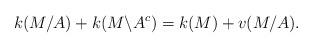
LaTeX: \begin{align*} k(M/A)+k(M\backslash A^c)= k(M)+v(M/A).\end{align*}